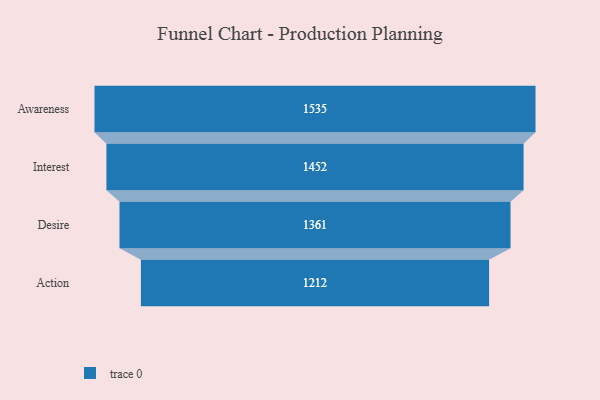
{"axis": {"x": "Stage", "y": "Value"}, "legend": [""], "data": [{"x": "Awareness", "y": 1535.0, "type": ""}, {"x": "Interest", "y": 1452.0, "type": ""}, {"x": "Desire", "y": 1361.0, "type": ""}, {"x": "Action", "y": 1212.0, "type": ""}]}